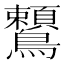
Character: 𪈈